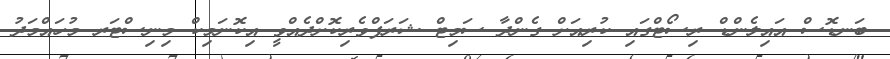
ބަނޑޮސް އައިލެންޑް ރިސޯޓްގައި ކުރިއަށް ގެންދާ ސަމިޓް ޝަރަފްވެރިކޮށްދެއްވީ އިކޮނަމިކް މިނިސްޓަރ މުހައްމަދު